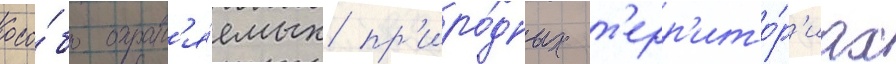
осо́бо охран'я́емых пр'иро́дных т'ерр'ито́р'иах